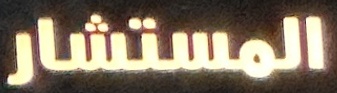
المستشار